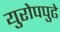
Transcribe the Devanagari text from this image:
युरोपपुढे